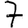
Digit: 7